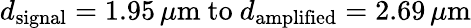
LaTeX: d_{\mathrm{signal}}=1.95\, \mu\mathrm{m}\mathrm{\ to\ }d_{\mathrm{amplified}}=2.69\, \mu\mathrm{m}